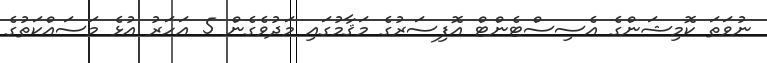
ނުވަތަ ކޮމިޝަންގެ އެސިސްޓެންޓް އޮފިސަރުގެ މަޤާމުގައި މަދުވެގެން 5 އަހަރު އުޅެ މަސައްކަތުގެ